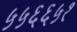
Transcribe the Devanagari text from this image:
५५६६५१